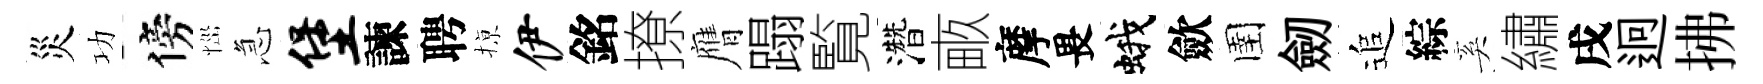
災功傍𢙉急堡諫聘𢱊伊銘撩膺蹋覧濳畞摩畏蛾歛圉劒追綜奚繡戌迥拂